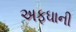
અફઘાની